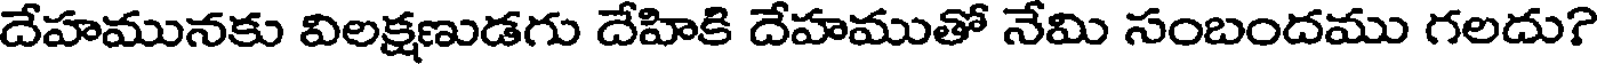
దేహమునకు విలక్షణుడగు దేహికి దేహముతో నేమి సంబందము గలదు?